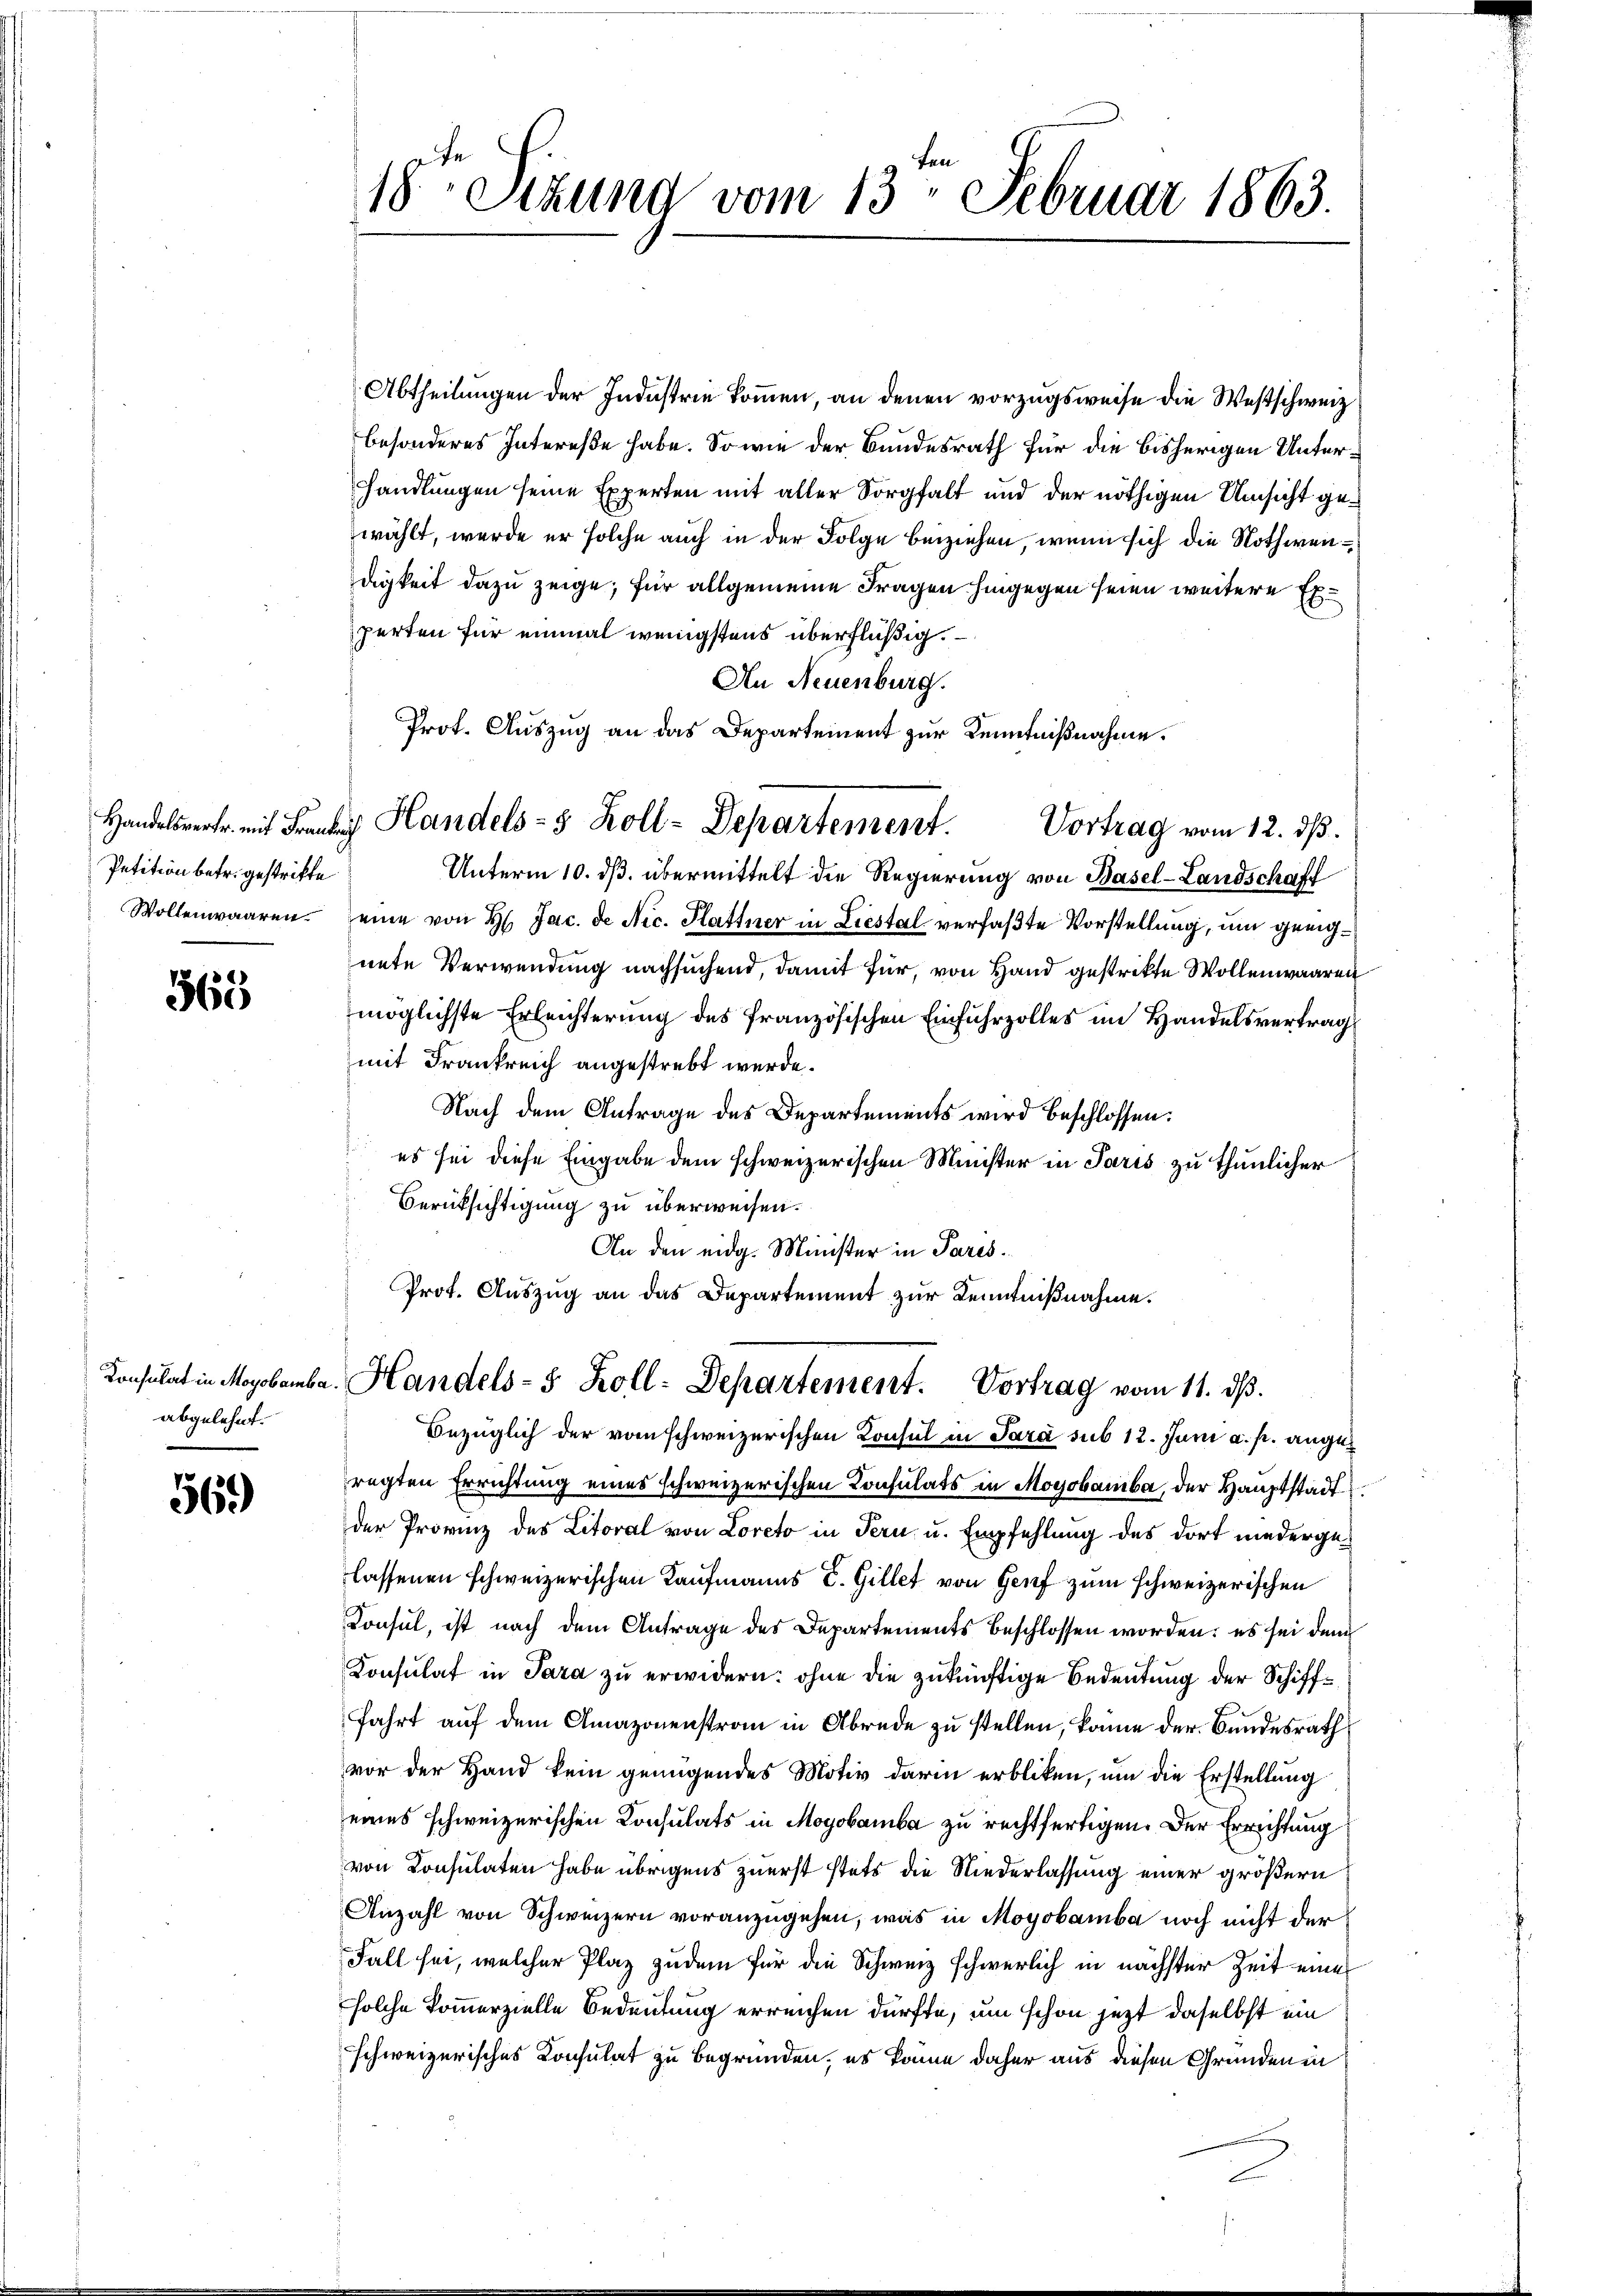
Petition betr. gestritte
Wollenwaaren.

565

abgelehnt.

569)

18ten Sizung vom 13. Februar 1863.

Abtheilungen der Industrie kommen, an denen vorzugsweise die Westschweiz
besonderes Intereße habe. So wie der Bundesrath für die bisherigen Unterhandlungen seine Experten mit aller Sorgfalt und der nöthigen Umsicht gewählt, wurde er solche auch in der Folge beiziehen, wenn sich die Nothwendigkeit dazu zeige, für allgemeine Fragen hingegen seien weitere Experten für einmal wenigstens überflüßig.
An Neuenburg.
Prof. Auszug an das Departement zur Kenntnißnahme.
Unterm 10. ds. übermittelt die Regierung von Basel-Landschaff
eine von H. Jac. de Nic. Plattner in Liestal verfaßte Vorstellung, um geeignete Verwendung nachsuchend, damit für, von Hand gestrikte Wollenwaaren
möglichste Erleichterung des französischen Einfuhrzolles im Handelsvertrag
mit Frankreich angestrebt werde.
Nach dem Antrage des Departements wird beschlossen:
es sei diese Eingabe dem schweizerischen Minister in Paris zu thunlicher
Berüksichtigung zu überweisen.
An den eidg. Minister in Paris¬
Prot. Auszug an das Departement zur Kenntnißnahme.

Handelswehr mit Franke Handels- & Koll-Departement. Vortrag vom 12. ds.

Bezüglich der vom schweizerischen Konsul in Sara sub 12. Juni a. p. angeregten Errichtung eines schweizerischen Consulats in Mogobamba, der Hauptstadt
der Provinz des Litoral von Loreto in Tern- u. Empfehlung des dort niedergelassenen schweizerischen Kaufmanns E. Gillet von Genf zum schweizerischen
Konsul, ist nach dem Antrage des Departements beschlossen worden: es sei dem
Konsulat in Sara zu erwidern: ohne die zukünftige Bedeutung der Schifffahrt auf dem Amazonenstran in Abrede zu stellen, könne der Bundesrath
vor der Hand kein genügendes Motiv darin erbliken, um die Erstellung
eines schweizerischen Consulats in Mogobamba zu rechtfertigen. Der Errichtung
von Konsulaten habe übrigens zuerst stets die Niederlassung einer größern
Anzahl von Schweizern voranzugehen, was in Moyobamba noch nicht der
Fall sei, welcher Plaz zudem für die Schweiz schwerlich in nächster Zeit eine
solche kommerzielle Bedeutung erreichen dürfte, um schon jezt daselbst ein
schweizerisches Konsulat zu begründen, es könne daher aus diesen Gründen in
E

Consulat in Mogobamba. Handels- 5. Koll-Departement. Vortrag vom 11. dβ.